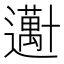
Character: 𱑕